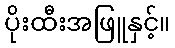
ပိုးထီးအဖြူနှင့်။